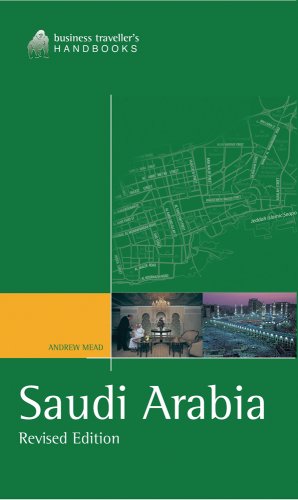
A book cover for Saudi Arabia: The Business Traveller's Handbook (Business Traveller's Handbooks); Andrew Mead; Travel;